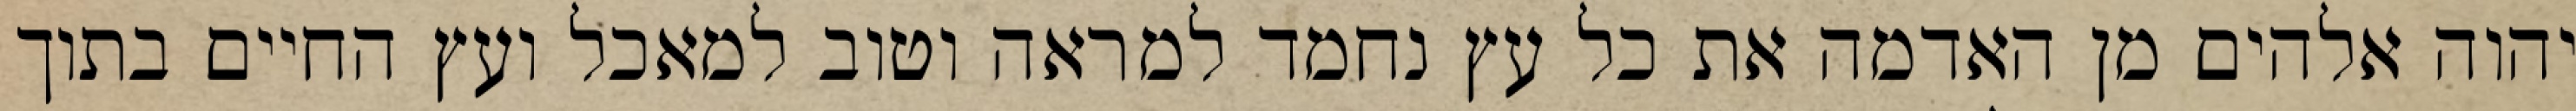
יהוה אלהים מן האדמה את כל עץ נחמד למראה וטוב למאכל ועץ החיים בתוך